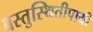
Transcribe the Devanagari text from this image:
वस्तुस्थितीपायी